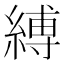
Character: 縛